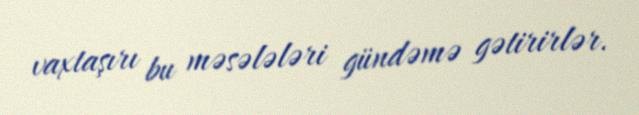
vaxtaşırı bu məsələləri gündəmə gətirirlər.